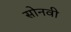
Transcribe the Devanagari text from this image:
सोनवी